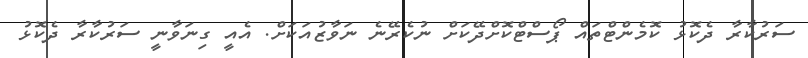
ސަރުކާރާ ދެކޮޅު ކޮމެންޓްތައް ޕޯސްޓްކޮށްދޭކަށް ނުކެރޭނެ ނަވާޒުއަކަށް. އެއީ ގިނަވާނީ ސަރުކާރާ ދެކޮޅު